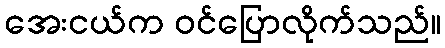
အေးငယ်က ဝင်ပြောလိုက်သည်။